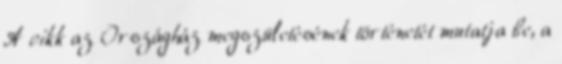
A cikk az Országház megszületésének történetét mutatja be, a